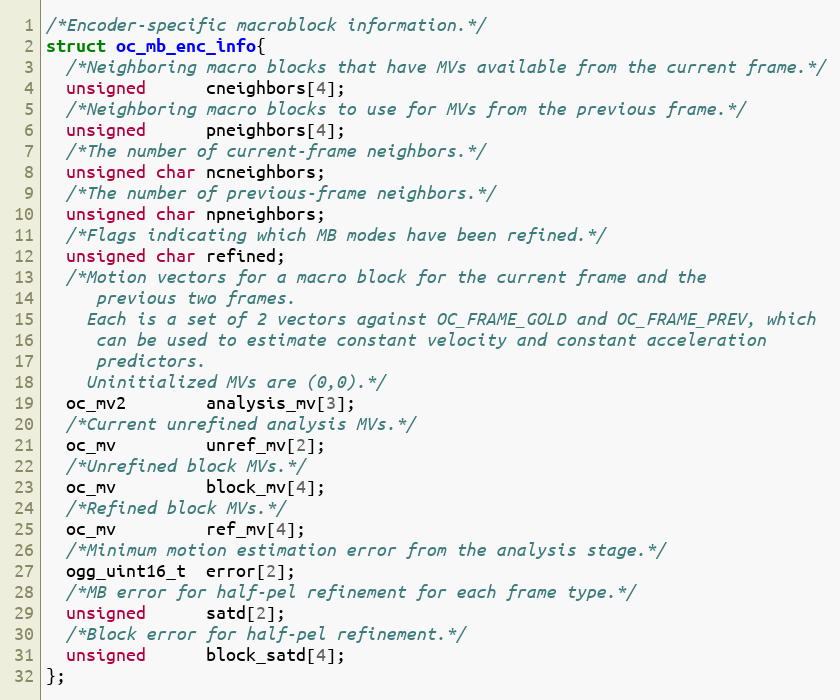
Language: C
/*Encoder-specific macroblock information.*/
struct oc_mb_enc_info{
  /*Neighboring macro blocks that have MVs available from the current frame.*/
  unsigned      cneighbors[4];
  /*Neighboring macro blocks to use for MVs from the previous frame.*/
  unsigned      pneighbors[4];
  /*The number of current-frame neighbors.*/
  unsigned char ncneighbors;
  /*The number of previous-frame neighbors.*/
  unsigned char npneighbors;
  /*Flags indicating which MB modes have been refined.*/
  unsigned char refined;
  /*Motion vectors for a macro block for the current frame and the
     previous two frames.
    Each is a set of 2 vectors against OC_FRAME_GOLD and OC_FRAME_PREV, which
     can be used to estimate constant velocity and constant acceleration
     predictors.
    Uninitialized MVs are (0,0).*/
  oc_mv2        analysis_mv[3];
  /*Current unrefined analysis MVs.*/
  oc_mv         unref_mv[2];
  /*Unrefined block MVs.*/
  oc_mv         block_mv[4];
  /*Refined block MVs.*/
  oc_mv         ref_mv[4];
  /*Minimum motion estimation error from the analysis stage.*/
  ogg_uint16_t  error[2];
  /*MB error for half-pel refinement for each frame type.*/
  unsigned      satd[2];
  /*Block error for half-pel refinement.*/
  unsigned      block_satd[4];
};